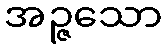
အဉ္ဇသော